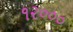
૧૨૦૦૦